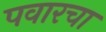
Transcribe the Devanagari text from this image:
पवारचा